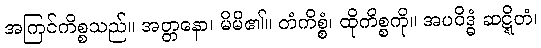
အကြင်ကိစ္စသည်။ အတ္တနော၊ မိမိ၏။ တံကိစ္စံ၊ ထိုကိစ္စကို။ အပဝိဒ္ဓံ ဆဋ္ဋိတံ၊